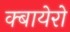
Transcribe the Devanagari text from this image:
क्बायेरो